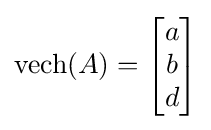
\operatorname {vech} (A)={\begin{bmatrix}a\\b\\d\end{bmatrix}}